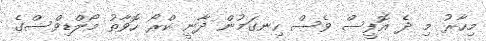
މިހާރު މި ދެ އޮފީސް ވެސް ހިނގަމުން ދާނީ ކްރޯ ހޮވާތު މޯލްޑިވްސްގެ